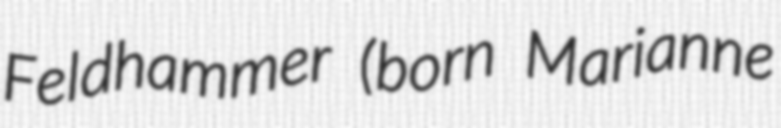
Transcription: Feldhammer (born Marianne